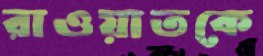
রাওয়াতকে